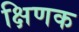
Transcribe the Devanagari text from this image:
क्षिणक